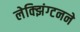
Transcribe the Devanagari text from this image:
लेक्झिंग्टनने